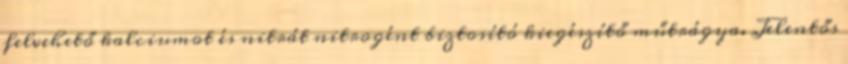
felvehető kalciumot és nitrát nitrogént biztosító kiegészítő műtrágya. Jelentős